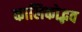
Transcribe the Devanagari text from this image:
कालिकोद्भव